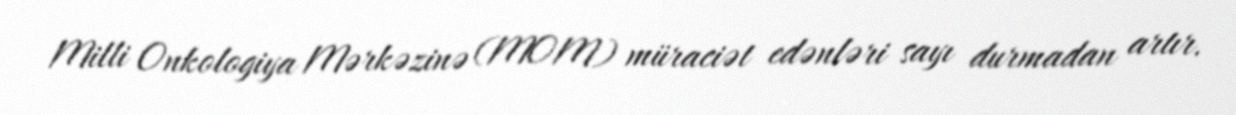
Milli Onkologiya Mərkəzinə (MOM) müraciət edənləri sayı durmadan artır.